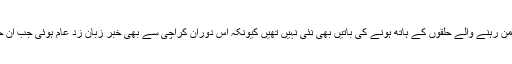
سیاست اور ایسے دھرنوں میں بھی پردہ نشینوں اور پس چلمن رہنے والے حلقوں کے ہاتھ ہونے کی باتیں بھی نئی نہیں تھیں کیونکہ اس دوران کراچی سے بھی خبر زبان زد عام ہوئی جب ان حلقوں نے دو متحارب سیاسی فریقین میں ثالثی کراوئی تھی۔